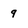
Character: 9